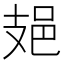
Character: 𨙾